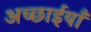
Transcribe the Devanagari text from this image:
अच्छाईयाँ